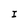
Character: I